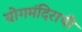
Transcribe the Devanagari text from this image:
योगमंदिराची